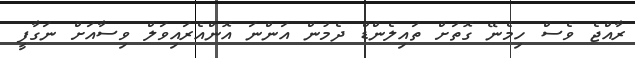
ރާއްޖެ ވެސް ހިމެނޭ ގޮތަށް ތައިލެންޑް ދެމުން އަންނަ އޮންއެރައިވަލް ވިސާއަށް ނަގާފީ